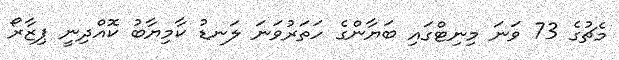
މެޗުގެ 73 ވަނަ މިނިޓްގައި ބަޔާންގެ ހަތަރުވަނަ ލަނޑު ކާމިޔާބު ކޮއްދިނީ ޕިޒާރޯ